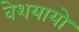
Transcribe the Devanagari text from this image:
वेशयायो